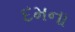
દમના